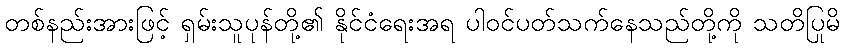
တစ်နည်းအားဖြင့် ရှမ်းသူပုန်တို့၏ နိုင်ငံရေးအရ ပါဝင်ပတ်သက်နေသည်တို့ကို သတိပြုမိ